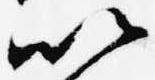
以